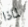
لماذا